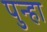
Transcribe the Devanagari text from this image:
पुन्‍हा